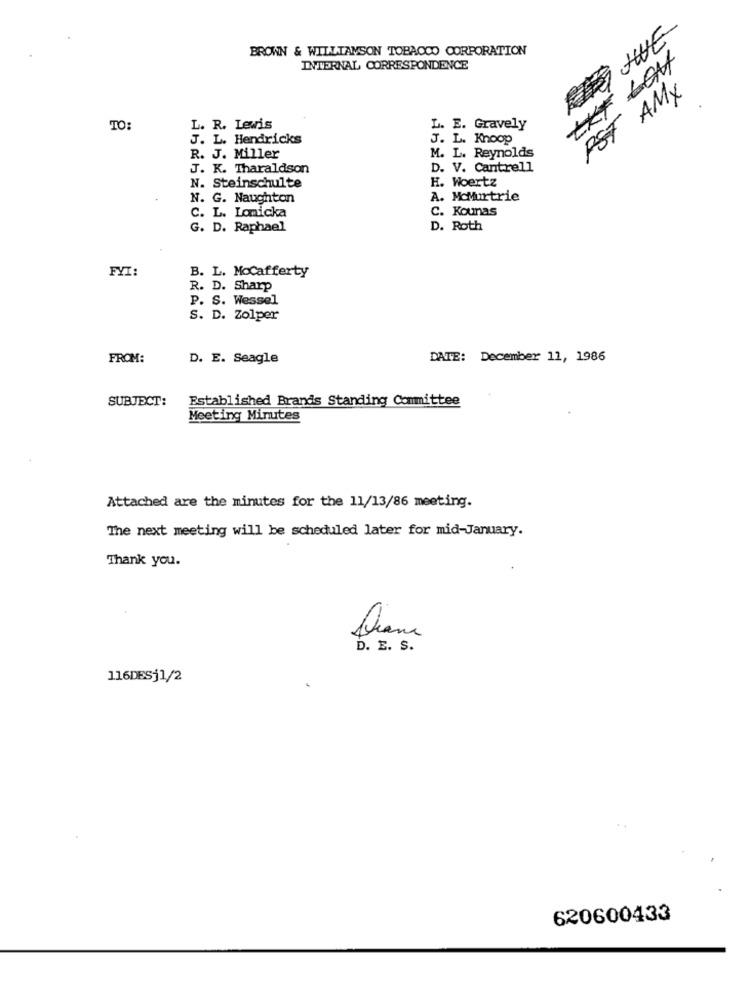
THE
BROWN & WILLIAMSON TOBACCO CORPORATION
TKF LON
INTERNAL CORRESPONDENCE
PST AMX
TO
L. R. Levis
L. E. Gravely
J. L. Hendricks
J. L. Knoop
M. L. Reynolds
R. J. Miller
J. K. Tharaldson
D. V. Cantrell
N. Steinschulte
H. Woertz
N. G. Naughton
A. McMurtrie
C. Kounas
C. L. Lonicka
G. D. Raphael
D. Roth
FYI:
B. L. MoCafferty
R. D. Sharp
P. S. Wessel
S. D. Zolper
FROM:
D. E. Seagle
DATE: December 11, 1986
SUBJECT:
Established Brands Standing Committee
Meeting Minutes
Attached are the minutes for the 11/13/86 meeting.
The next meeting will be scheduled later for mid-January.
Thank you.
D. E. S.
116DESj1/2
620600433